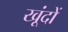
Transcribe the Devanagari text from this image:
खूंदों